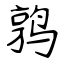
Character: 鹑